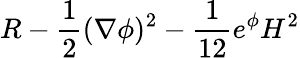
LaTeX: R-{\frac{1}{2}}(\nabla\phi)^{2}-{\frac{1}{12}}e^{\phi}H^{2}